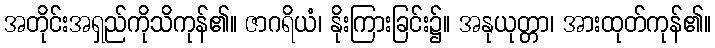
အတိုင်းအရှည်ကိုသိကုန်၏။ ဇာဂရိယံ၊ နိုးကြားခြင်း၌။ အနုယုတ္တာ၊ အားထုတ်ကုန်၏။